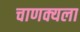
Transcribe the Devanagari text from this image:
चाणक्यला